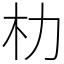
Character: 朸